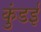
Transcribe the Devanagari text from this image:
कुंडई